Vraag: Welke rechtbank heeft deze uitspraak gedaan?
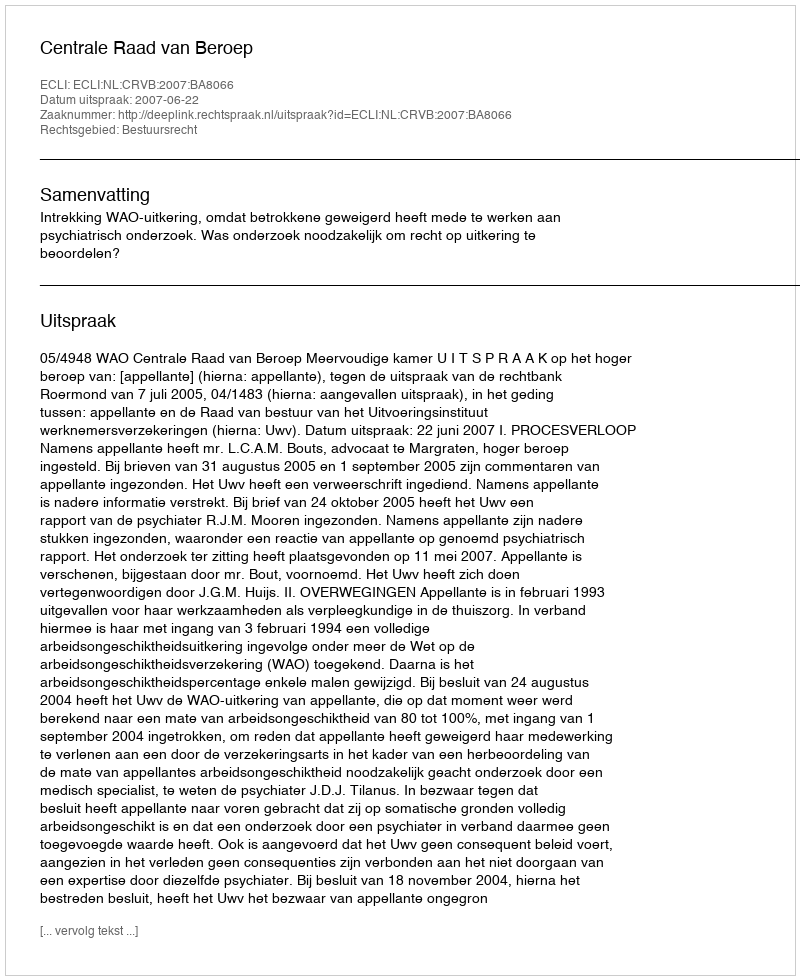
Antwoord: Centrale Raad van Beroep